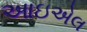
આઇએલ